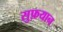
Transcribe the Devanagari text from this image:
सुफ़यान